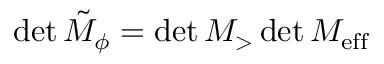
\operatorname* { d e t } \tilde { M } _ { \phi } = \operatorname* { d e t } M _ { > } \operatorname* { d e t } M _ { \mathrm { { e f f } } }